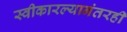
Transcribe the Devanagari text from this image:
स्वीकारल्यानंतरही